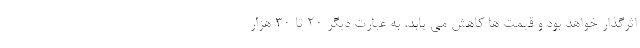
اثرگذار خواهد بود و قیمت ها کاهش می یابد. به عبارت دیگر ۲۰ تا ۳۰ هزار